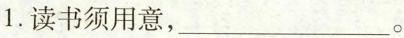
1.读书须用意，___。